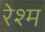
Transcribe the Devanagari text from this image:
रेश्म